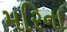
મરિના